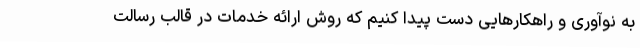
به نوآوری و راهکارهایی دست پیدا کنیم که روش ارائه خدمات در قالب رسالت